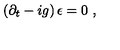
\left( \partial _ { t } - i g \right) \epsilon = 0 \ ,